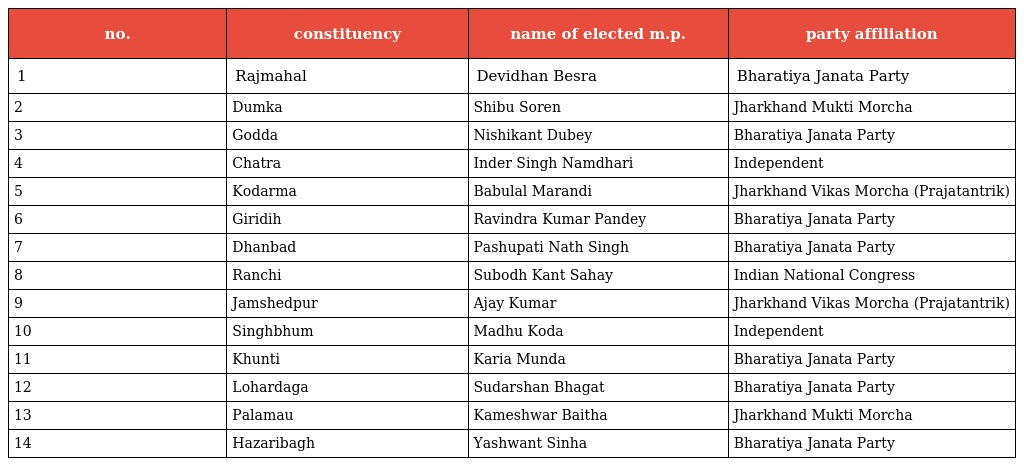
| no. | constituency | name of elected m.p. | party affiliation |
 | --- | --- | --- | --- |
 | 1 | Rajmahal | Devidhan Besra | Bharatiya Janata Party |
 | 2 | Dumka | Shibu Soren | Jharkhand Mukti Morcha |
 | 3 | Godda | Nishikant Dubey | Bharatiya Janata Party |
 | 4 | Chatra | Inder Singh Namdhari | Independent |
 | 5 | Kodarma | Babulal Marandi | Jharkhand Vikas Morcha (Prajatantrik) |
 | 6 | Giridih | Ravindra Kumar Pandey | Bharatiya Janata Party |
 | 7 | Dhanbad | Pashupati Nath Singh | Bharatiya Janata Party |
 | 8 | Ranchi | Subodh Kant Sahay | Indian National Congress |
 | 9 | Jamshedpur | Ajay Kumar | Jharkhand Vikas Morcha (Prajatantrik) |
 | 10 | Singhbhum | Madhu Koda | Independent |
 | 11 | Khunti | Karia Munda | Bharatiya Janata Party |
 | 12 | Lohardaga | Sudarshan Bhagat | Bharatiya Janata Party |
 | 13 | Palamau | Kameshwar Baitha | Jharkhand Mukti Morcha |
 | 14 | Hazaribagh | Yashwant Sinha | Bharatiya Janata Party |